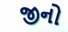
જીનો